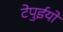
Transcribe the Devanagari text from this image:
टेपुईयों